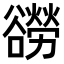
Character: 𧯍